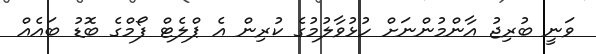
ވަނީ ބުރިޖު އާންމުންނަށް ހުޅުވާލުމުގެ ކުރިން އެ ޕްލެޓް ފޯމްގެ ބޮޑު ބައެއް